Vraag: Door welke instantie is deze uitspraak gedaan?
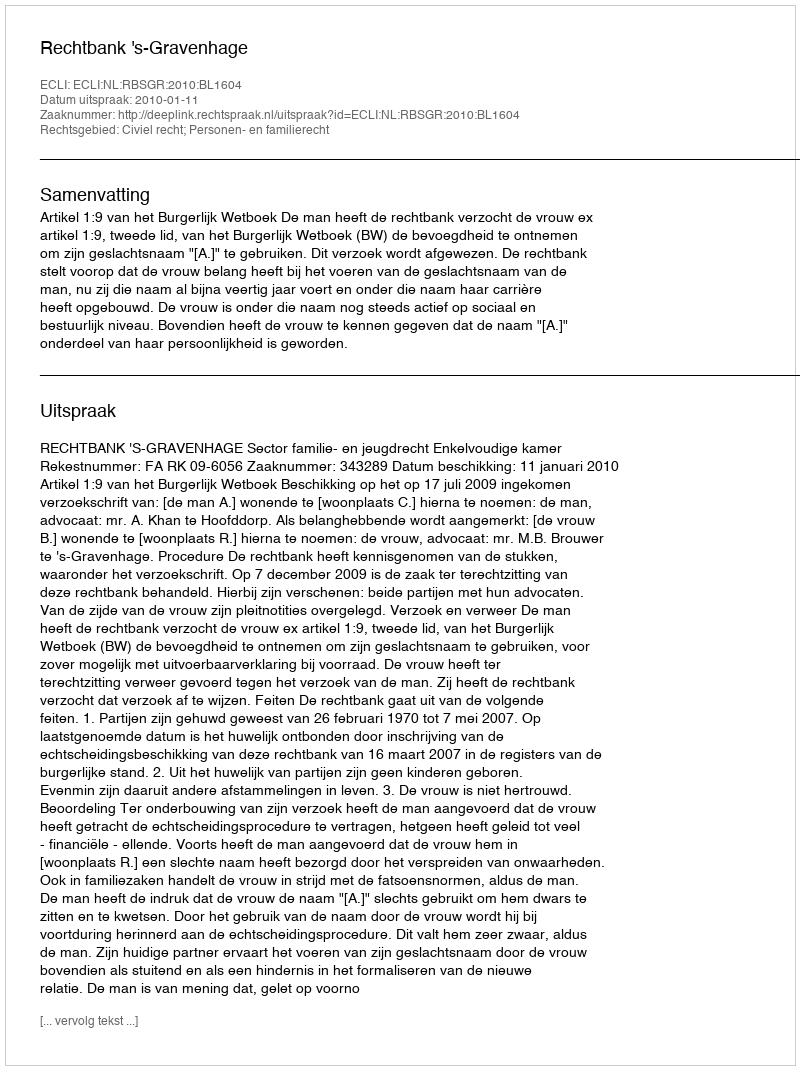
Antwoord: Rechtbank 's-Gravenhage